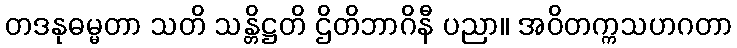
တဒနုဓမ္မတာ သတိ သန္တိဋ္ဌတိ ဌိတိဘာဂိနီ ပညာ။ အဝိတက္ကသဟဂတာ